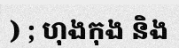
) ; ហុងកុង និង